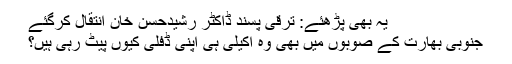
یہ بھی پڑھئے: ترقی پسند ڈاکٹر رشیدحسن خان انتقال کرگئے
جنوبی بھارت کے صوبوں میں بھی وہ اکیلی ہی اپنی ڈفلی کیوں پیٹ رہی ہیں؟